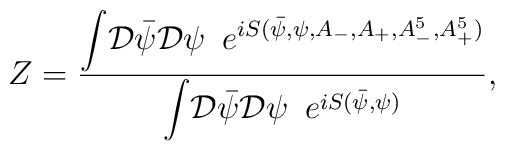
Z = \frac{ {\displaystyle \int} {\cal D}{\bar \psi} {\cal D} \psi\,\,\, {\displaystyle e}^{iS ( {\bar \psi}, \psi, A_-, A_+,A^5_-, A^5_+) }}{{\displaystyle \int} {\cal D}{\bar \psi} {\cal D} \psi\,\,\, {\displaystyle e}^{iS ( {\bar \psi}, \psi)}},